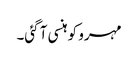
مہرو کو ہنسی آ گئی۔